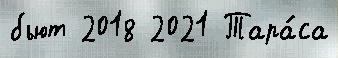
бьют 2018 2021 Тара́са